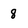
Character: 8